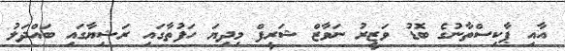
އާއި ޕާކިސްތާނުގެ ބޮޑު ވަޒީރު ނަވާޒް ޝަރީފް މިދިޔަ ހަފުތާގައި ރަޝިޔާގައި ބައްދަލު